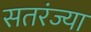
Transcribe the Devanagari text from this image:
सतरंज्या